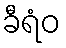
ခီရံဝ